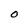
Character: O